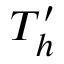
T _ { h } ^ { \prime }